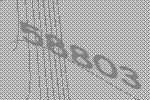
58803